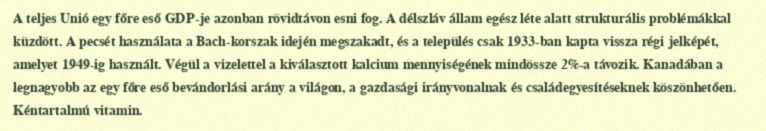
A teljes Unió egy főre eső GDP-je azonban rövidtávon esni fog. A délszláv állam egész léte alatt strukturális problémákkal küzdött. A pecsét használata a Bach-korszak idején megszakadt, és a település csak 1933-ban kapta vissza régi jelképét, amelyet 1949-ig használt. Végül a vizelettel a kiválasztott kalcium mennyiségének mindössze 2%-a távozik. Kanadában a legnagyobb az egy főre eső bevándorlási arány a világon, a gazdasági irányvonalnak és családegyesítéseknek köszönhetően. Kéntartalmú vitamin.